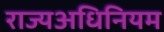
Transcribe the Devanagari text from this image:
राज्यअधिनियम